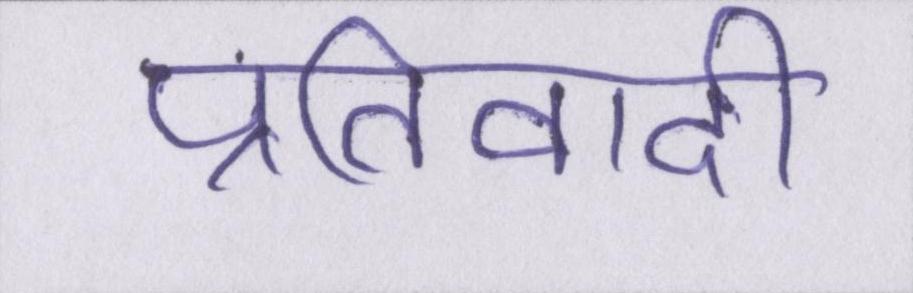
प्रतिवादी